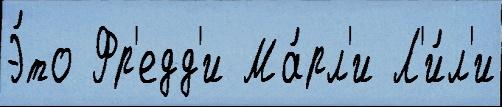
Э́то Фр'едд'и Ма́рл'и Л'и́л'и